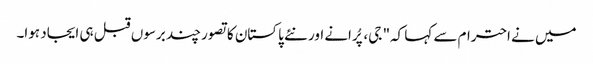
میں نے احترام سے کہا کہ" جی، پُرانے اور نئے پاکستان کا تصور چند برسوں قبل ہی ایجاد ہوا۔